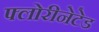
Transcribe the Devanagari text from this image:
फ्लोरीनेटेड